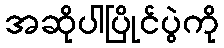
အဆိုပါပြိုင်ပွဲကို